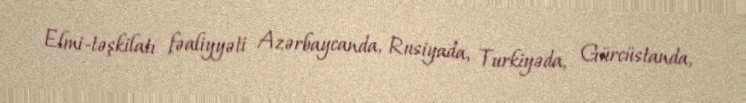
Elmi-təşkilatı fəaliyyəti Azərbaycanda, Rusiyada, Turkiyəda, Gürcüstanda,